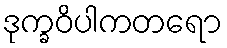
ဒုက္ခဝိပါကတရော